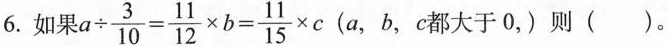
6.如 $$a \div \frac { 3 } { 1 0 } = \frac { 1 1 } { 1 2 } \times b = \frac { 1 1 }{ 1 5 } \times c$$ (a,b,c都大于0，)则 ()。